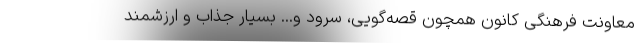
معاونت فرهنگی کانون همچون قصه‌گویی، سرود و... بسیار جذاب و ارزشمند